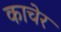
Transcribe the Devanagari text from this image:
काचेर